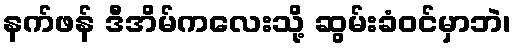
နက်ဖန် ဒီအိမ်ကလေးသို့ ဆွမ်းခံဝင်မှာဘဲ၊